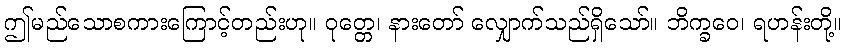
ဤမည်သောစကားကြောင့်တည်းဟု။ ဝုတ္တေ၊ နားတော် လျှောက်သည်ရှိသော်။ ဘိက္ခဝေ၊ ရဟန်းတို့။